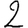
Digit: 2